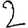
Digit: 2